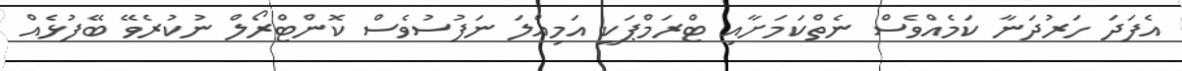
އެފަދަ ހަރުދަނާ ކަމެއްވެސް ނެތްކަމަށާއި ޓްރަމްޕަކީ އަމިއްލަ ނަފުސުވެސް ކޮންޓްރޯލް ނުކުރެވޭ ބޭފުޅެއް